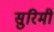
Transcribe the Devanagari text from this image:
सुरिमी